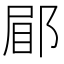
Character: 𮟿